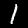
Digit: 1